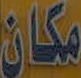
مكان